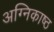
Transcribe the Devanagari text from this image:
अग्निकाष्ठ